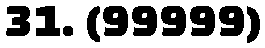
31. (99999)